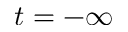
t = - \infty